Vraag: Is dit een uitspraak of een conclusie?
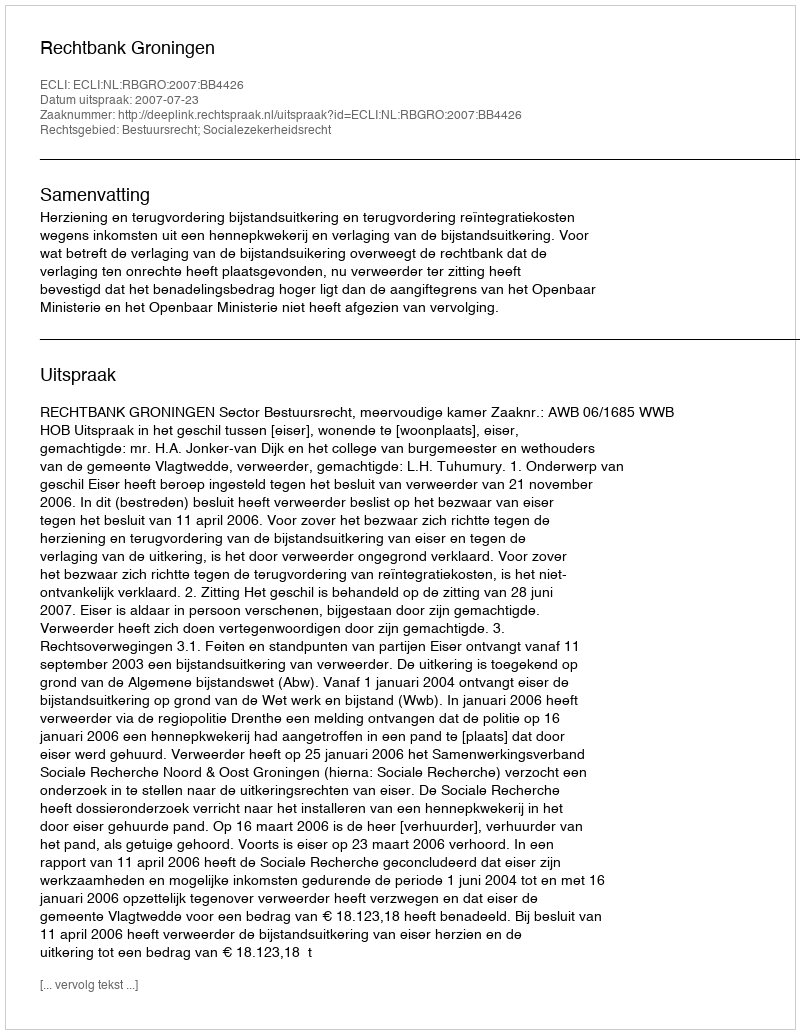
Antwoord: Uitspraak